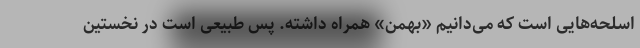
اسلحه‌هایی است که می‌دانیم «بهمن» همراه داشته. پس طبیعی است در نخستین